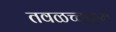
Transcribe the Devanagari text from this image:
तवळच्चाट्टम